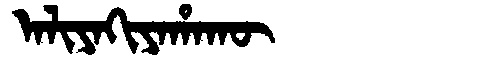
Manchu: ᠠᠯᡳᠶᠠᡴᡳᠶᠠᡥᠠᡴᡡ
Romanization: ALIYAKIYAHAKŪ